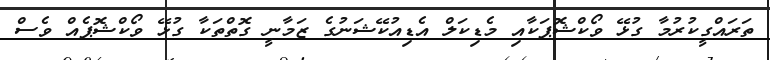
ތަރައްގީކުރުމާ ގުޅޭ ވޯކްޝޮޕަކާއި މެޑިކަލް އެޑިއުކޭޝަނުގެ ޒަމާނީ ގޮތްތަކާ ގުޅޭ ވޯކްޝޮޕެއް ވެސް